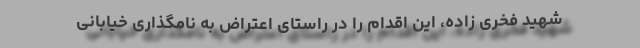
شهید فخری زاده، این اقدام را در راستای اعتراض به نامگذاری خیابانی